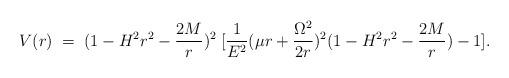
LaTeX: \begin{align*}V(r)\;=\;(1-H^{2} r^{2}-\frac{2M}{r})^{2}\;[\frac{1}{E^{2}}(\mu r+ \frac{\Omega^{2}}{2r})^{2}(1-H^{2}r^{2}-\frac{2M}{r})-1].\end{align*}